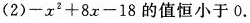
(2)-x2+8x-18的值恒小于0.